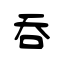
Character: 吞